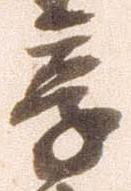
享